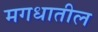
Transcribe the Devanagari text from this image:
मगधातील